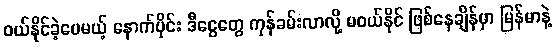
ဝယ်နိုင်ခဲ့ပေမယ့် နောက်ပိုင်း ဒီငွေတွေ ကုန်ခမ်းလာလို့ မဝယ်နိုင် ဖြစ်နေချိန်မှာ မြန်မာနဲ့